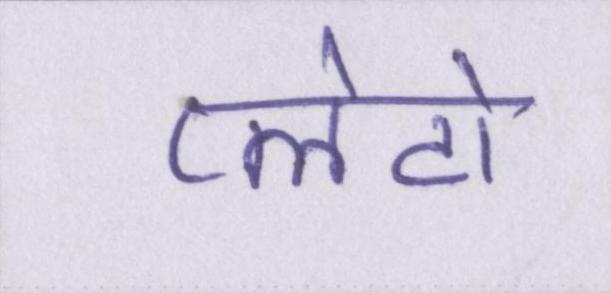
प्लेटो